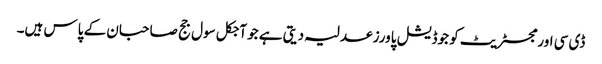
ڈی سی اور مجسٹریٹ کو جوڈیشل پاورز عدلیہ دیتی ہے جو آجکل سول جج صاحبان کے پاس ہیں۔